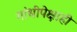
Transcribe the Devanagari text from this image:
गांधीपेक्षाही